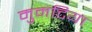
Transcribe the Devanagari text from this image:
मुमटिया